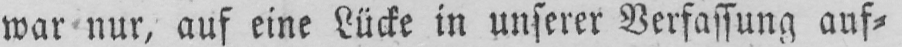
war nur, auf eine Lücke in unserer Verfassung auf⸗